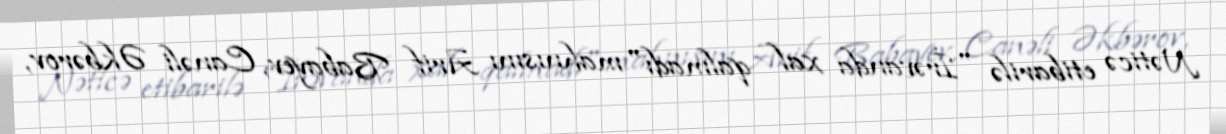
Nəticə etibarilə "İrəvanda xal qalmadı" mahnısını Arif Babayev, Canəli Əkbərov,